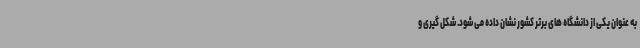
به عنوان یکی از دانشگاه های برتر کشور نشان داده می شود. شکل گیری و